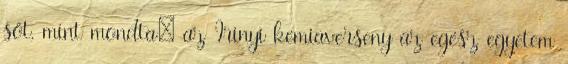
sőt, mint mondta: az Irinyi kémiaverseny az egész egyetem